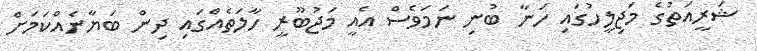
ޝަރީއަތުގެ މަޖިލީހުގައި ހަނާ ބުނި ނަމަވެސް އެއީ މަޖުބޫރީ ހާލަތެއްގައި ދިން ބަޔާނެއްކަމަށް